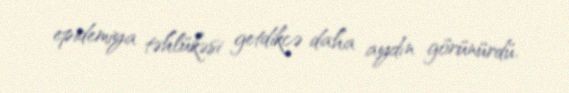
epidemiya təhlükəsi getdikcə daha aydın görünürdü.